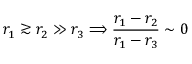
r _ { 1 } \gtrsim r _ { 2 } \gg r _ { 3 } \Longrightarrow \frac { r _ { 1 } - r _ { 2 } } { r _ { 1 } - r _ { 3 } } \sim 0